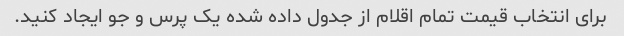
برای انتخاب قیمت تمام اقلام از جدول داده شده یک پرس و جو ایجاد کنید.